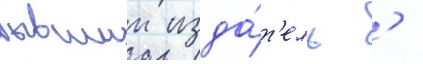
бывшии изда́т'ель '